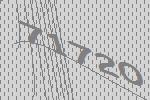
71720